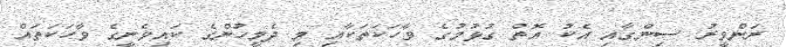
ރަންވީރު ސިންގާއި އެކު އޮތް ގުޅުމުގެ ވާހަކަތަކާއި މި ދެމީހުންގެ ކައިވެނީގެ ވާހަކަތައް